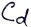
Text: Cd